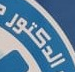
الدكتور